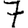
Digit: 7